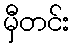
မှီတင်း